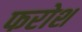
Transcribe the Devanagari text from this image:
फरोश